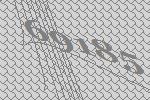
69185